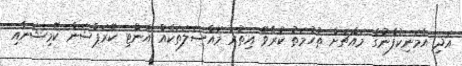
އަދި އެމަނިކުފާނުގެ މައްޗަށް ތުހުމަތު ކުރެވޭ އިތުރު މައްސަލަތަކެއް އެންޓި ކޮރަޕްޝަން ކޮމިޝަނާއި